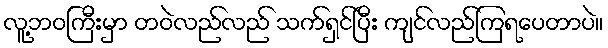
လူ့ဘဝကြီးမှာ တဝဲလည်လည် သက်ရှင်ပြီး ကျင်လည်ကြရပေတာပဲ။